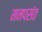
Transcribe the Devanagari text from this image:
मनपसंत